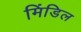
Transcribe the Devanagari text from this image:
मिंडिल